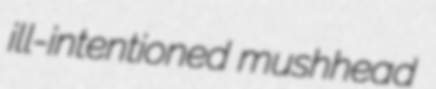
ill-intentioned mushhead